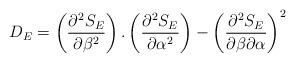
LaTeX: \begin{align*}D_E = \left ( \frac{\partial^2 S_E}{\partial \beta^2} \right) . \left ( \frac{\partial^2 S_E}{\partial \alpha^2} \right) - \left ( \frac{\partial^2 S_E}{\partial \beta \partial \alpha} \right)^2\end{align*}